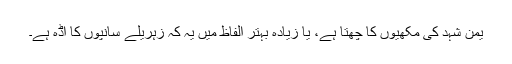
یمن شہد کی مکھیوں کا چھتا ہے، یا زیادہ بہتر الفاظ میں یہ کہ زہریلے سانپوں کا اڈہ ہے۔